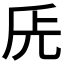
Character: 兏